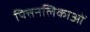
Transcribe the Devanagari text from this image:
पित्तनलिकाओं